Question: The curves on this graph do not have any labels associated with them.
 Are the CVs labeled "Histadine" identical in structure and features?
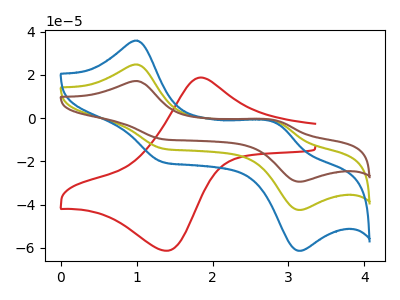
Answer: <think>The red curve "red" has an anodic peak at (1.85V, 18.80uA) and a cathodic peak at (1.40V, -61.40uA). The olive curve "olive" has anodic peaks at (1.00V, 24.80uA) (2.80V, -1.40uA) and cathodic peaks at (1.35V, -14.10uA) (3.15V, -42.50uA). The blue curve "blue" has anodic peaks at (1.00V, 35.85uA) (2.80V, -2.00uA) and cathodic peaks at (1.35V, -20.35uA) (3.15V, -61.40uA). The brown curve "brown" has anodic peaks at (1.00V, 49.65uA) (2.80V, -2.80uA) and cathodic peaks at (1.35V, -28.20uA) (3.15V, -85.00uA).
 "red" and "olive" have a different number of peaks. "red" and "blue" have a different number of peaks. "red" and "brown" have a different number of peaks. All the peaks in "olive" have a peak in "blue" at the same potential. All the peaks in "olive" have a peak in "brown" at the same potential. All the peaks in "blue" have a peak in "brown" at the same potential.</think>
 <answer>All the CV's of "Histadine" have similar shape.</answer>
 <eval>follow_rule</eval>